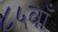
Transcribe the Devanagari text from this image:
८५वाँ